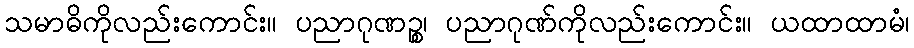
သမာဓိကိုလည်းကောင်း။ ပညာဂုဏဉ္စ၊ ပညာဂုဏ်ကိုလည်းကောင်း။ ယထာထာမံ၊